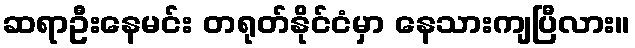
ဆရာဦးနေမင်း တရုတ်နိုင်ငံမှာ နေသားကျပြီလား။